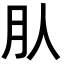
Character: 𣍞